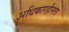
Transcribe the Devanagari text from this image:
अधिकारहीनता